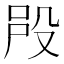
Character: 𣪉